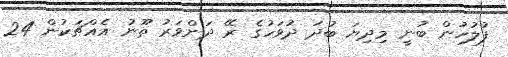
ފުލުހުން ބުނީ މިދިޔަ ބުދަ ދުވަހުގެ ރޭ ދަންވަރު ތޫނު އެއްޗަކުން 24